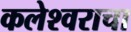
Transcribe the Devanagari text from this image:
कलेश्वराचा